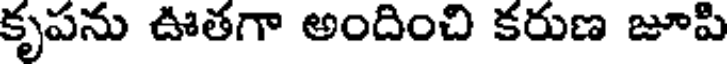
కృపను ఊతగా అందించి కరుణ జూపి